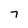
Character: 7